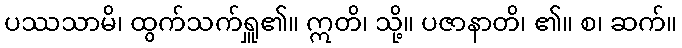
ပဿသာမိ၊ ထွက်သက်ရှူ၏။ ဣတိ၊ သို့။ ပဇာနာတိ၊ ၏။ စ၊ ဆက်။